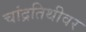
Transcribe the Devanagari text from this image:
चांद्रतिथीवर